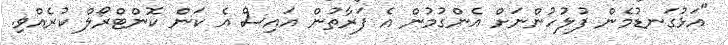
"އަޅުގަނޑުމެން ފުލުހުންނަށް އެންގުމުން އެ ފަރާތުން އައިސް އެ ކަން ކޮންޓްރޯލް ކުރެއްވި.